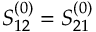
S _ { 1 2 } ^ { ( 0 ) } = S _ { 2 1 } ^ { ( 0 ) }